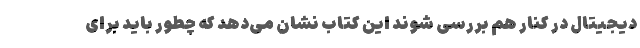
دیجیتال در کنار هم بررسی شوند این کتاب نشان می‌دهد که چطور باید برای